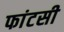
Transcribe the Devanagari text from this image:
फांटसी